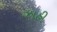
ઝાહી